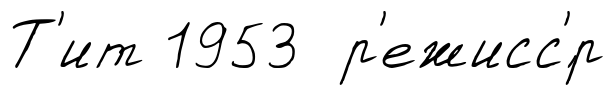
Т'ит 1953 р'ежисс'́р